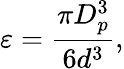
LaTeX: \varepsilon=\frac{\pi D_{p}^{3}}{6d^{3}},